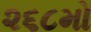
૨૬૮મો